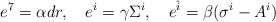
\begin{align*}e^7 = \alpha d r , \quad e^i = \gamma \Sigma^i , \quad e^{\hat{i}} = \beta(\sigma^i -A^i)\end{align*}